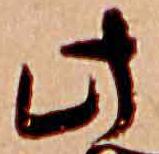
此